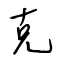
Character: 克